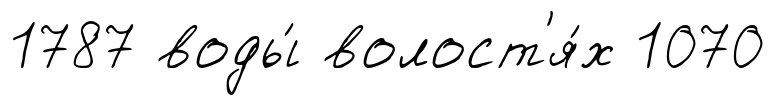
1787 воды́ волост'я́х 1070